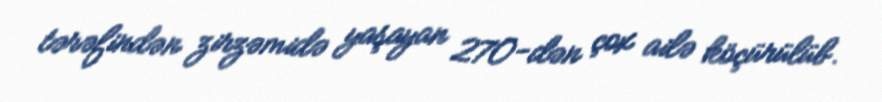
tərəfindən zirzəmidə yaşayan 270-dən çox ailə köçürülüb.